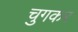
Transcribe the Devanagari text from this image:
चुगकर